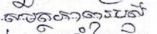
សមត្ថភាពរបស់